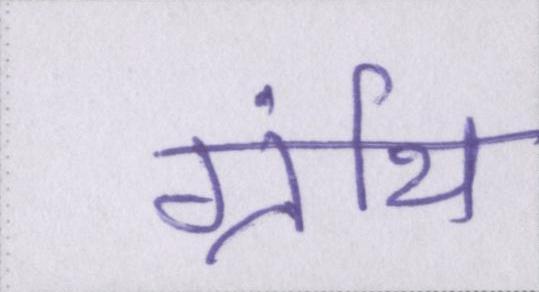
ग्रंथि